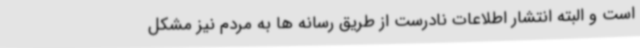
است و البته انتشار اطلاعات نادرست از طریق رسانه ها به مردم نیز مشکل